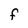
Character: F